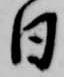
日